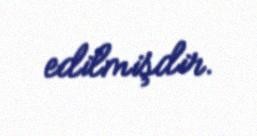
edilmişdir.